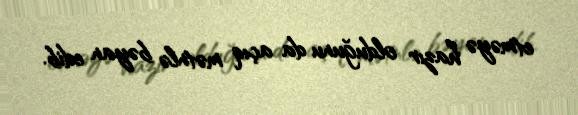
etməyə hazır olduğunu da açıq mətnlə bəyan edib.